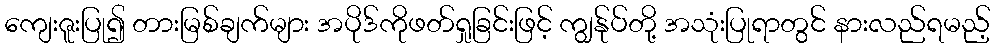
ကျေးဇူးပြု၍ တားမြစ်ချက်များ အပိုဒ်ကိုဖတ်ရှုခြင်းဖြင့် ကျွန်ုပ်တို့ အသုံးပြုရာတွင် နားလည်ရမည့်